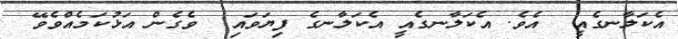
އެކަލާނގެއީ  އެވެ. އެކަލާނގެއީ އެކަލާނގެ ފިޔަވައި  ވެގެން އަޅުކަމެއްވެވޭ